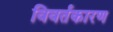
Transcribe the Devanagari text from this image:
विवर्तकारण